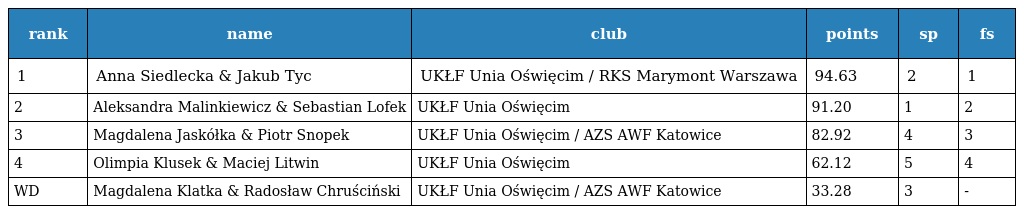
| rank | name | club | points | sp | fs |
 | --- | --- | --- | --- | --- | --- |
 | 1 | Anna Siedlecka & Jakub Tyc | UKŁF Unia Oświęcim / RKS Marymont Warszawa | 94.63 | 2 | 1 |
 | 2 | Aleksandra Malinkiewicz & Sebastian Lofek | UKŁF Unia Oświęcim | 91.20 | 1 | 2 |
 | 3 | Magdalena Jaskółka & Piotr Snopek | UKŁF Unia Oświęcim / AZS AWF Katowice | 82.92 | 4 | 3 |
 | 4 | Olimpia Klusek & Maciej Litwin | UKŁF Unia Oświęcim | 62.12 | 5 | 4 |
 | WD | Magdalena Klatka & Radosław Chruściński | UKŁF Unia Oświęcim / AZS AWF Katowice | 33.28 | 3 | - |